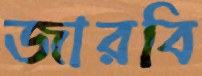
জারবি